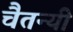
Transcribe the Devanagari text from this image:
चैतन्यी